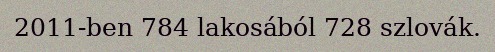
2011-ben 784 lakosából 728 szlovák.